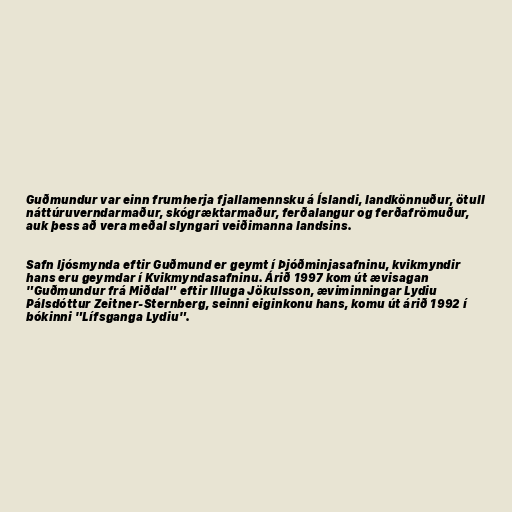
Guðmundur var einn frumherja fjallamennsku á Íslandi, landkönnuður, ötull
náttúruverndarmaður, skógræktarmaður, ferðalangur og ferðafrömuður,
auk þess að vera meðal slyngari veiðimanna landsins.

Safn ljósmynda eftir Guðmund er geymt í Þjóðminjasafninu, kvikmyndir
hans eru geymdar í Kvikmyndasafninu. Árið 1997 kom út ævisagan
"Guðmundur frá Miðdal" eftir Illuga Jökulsson, æviminningar Lydiu
Pálsdóttur Zeitner-Sternberg, seinni eiginkonu hans, komu út árið 1992 í
bókinni "Lífsganga Lydiu".